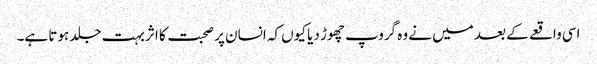
اسی واقعے کے بعد میں نے وہ گروپ چھوڑ دیا کیوں کہ انسان پر صحبت کا اثر بہت جلد ہوتا ہے۔